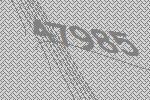
47985